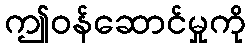
ဤဝန်ဆောင်မှုကို